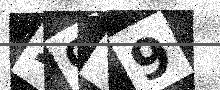
Text: 2GY9